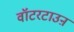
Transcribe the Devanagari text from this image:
वॉटरटाउऩ